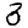
Digit: 3